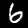
Label: 6